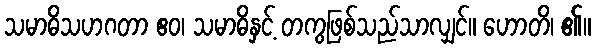
သမာဓိသဟဂတာ ဧဝ၊ သမာဓိနှင့် တကွဖြစ်သည်သာလျှင်။ ဟောတိ၊ ၏။